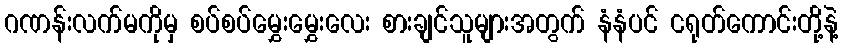
ဂဏန်းလက်မကိုမှ စပ်စပ်မွှေးမွှေးလေး စားချင်သူများအတွက် နံနံပင် ငရုတ်ကောင်းတို့နဲ့